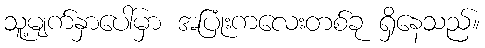
သူ့မျက်နှာပေါ်မှာ အပြုံးကလေးတစ်ခု ရှိနေသည်။